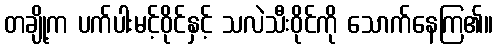
တချို့က ပက်ပါးမင့်ဝိုင်နှင့် သလဲသီးဝိုင်ကို သောက်နေကြ၏။